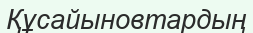
Құсайыновтардың